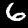
Label: 6